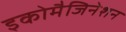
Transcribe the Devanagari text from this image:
इकोमैजिनेशन